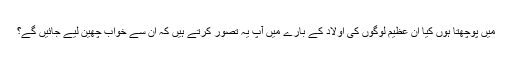
میں پوچھتا ہوں کیا ان عظیم لوگوں کی اولاد کے بارے میں آپ یہ تصور کرتے ہیں کہ اِن سے خواب چھین لیے جائیں گے؟